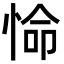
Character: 𭝕